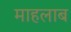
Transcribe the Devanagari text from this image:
माहलाब